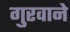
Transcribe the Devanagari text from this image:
गुरवाने